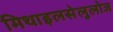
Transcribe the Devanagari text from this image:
मिथाइलसेलुलोज